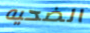
الضحيه